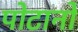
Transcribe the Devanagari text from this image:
पोटानों